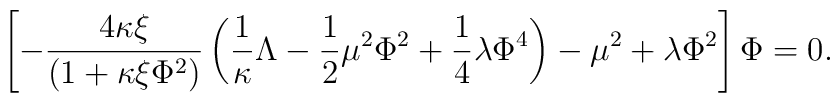
\left[ -\frac{4\kappa \xi}{\left( 1+\kappa \xi \Phi ^{2} \right) }\left( \frac{1}{\kappa }\Lambda - \frac{1}{2}\mu ^{2}\Phi ^{2} +\frac{1}{4} \lambda \Phi ^4 \right) - \mu ^{2} + \lambda \Phi ^2\right] \Phi = 0 .